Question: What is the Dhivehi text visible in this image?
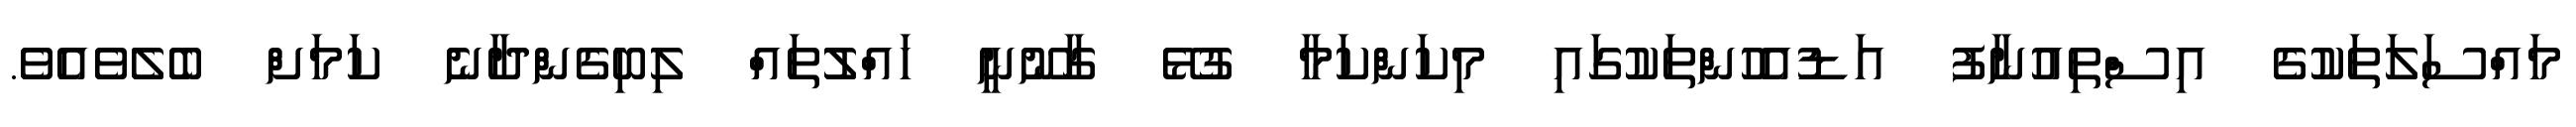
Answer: މައްސަލަތަކުގެ އިސްތިއުނާފު އަޑުއެހުންތަކުގައި މިކަންކަމާ ގުޅޭ ގާނޫނީ ހައްލުތައް ލިބިގެންދާނެ ކަމަށް ބެލެވެއެވެ.